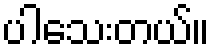
ပါသေးတယ်။